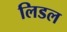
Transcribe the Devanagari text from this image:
लिडल